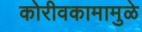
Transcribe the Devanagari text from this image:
कोरीवकामामुळे